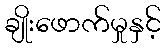
ချိုးဖောက်မှုနှင့်